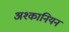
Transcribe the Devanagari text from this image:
अश्कानियन